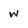
Character: W